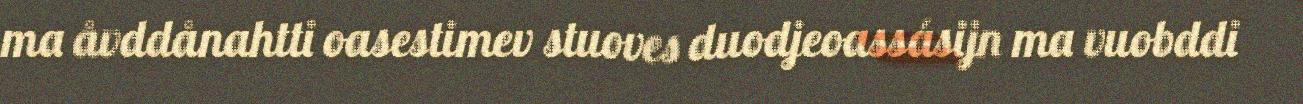
ma åvddånahtti oasestimev stuoves duodjeoassásijn ma vuobddi